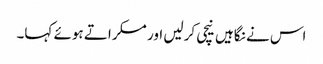
اس نے نگاہیں نیچی کرلیں اور مسکراتے ہوئے کہا۔